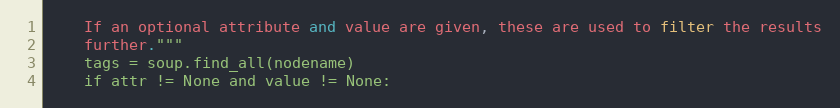
Language: Python
    If an optional attribute and value are given, these are used to filter the results
    further."""
    tags = soup.find_all(nodename)
    if attr != None and value != None: